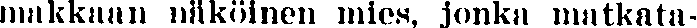
makkaan näköinen mies, jonka matkata-